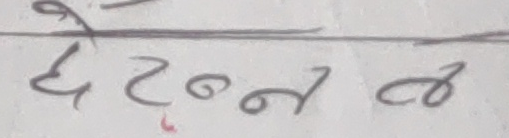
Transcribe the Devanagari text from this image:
छ टन ल